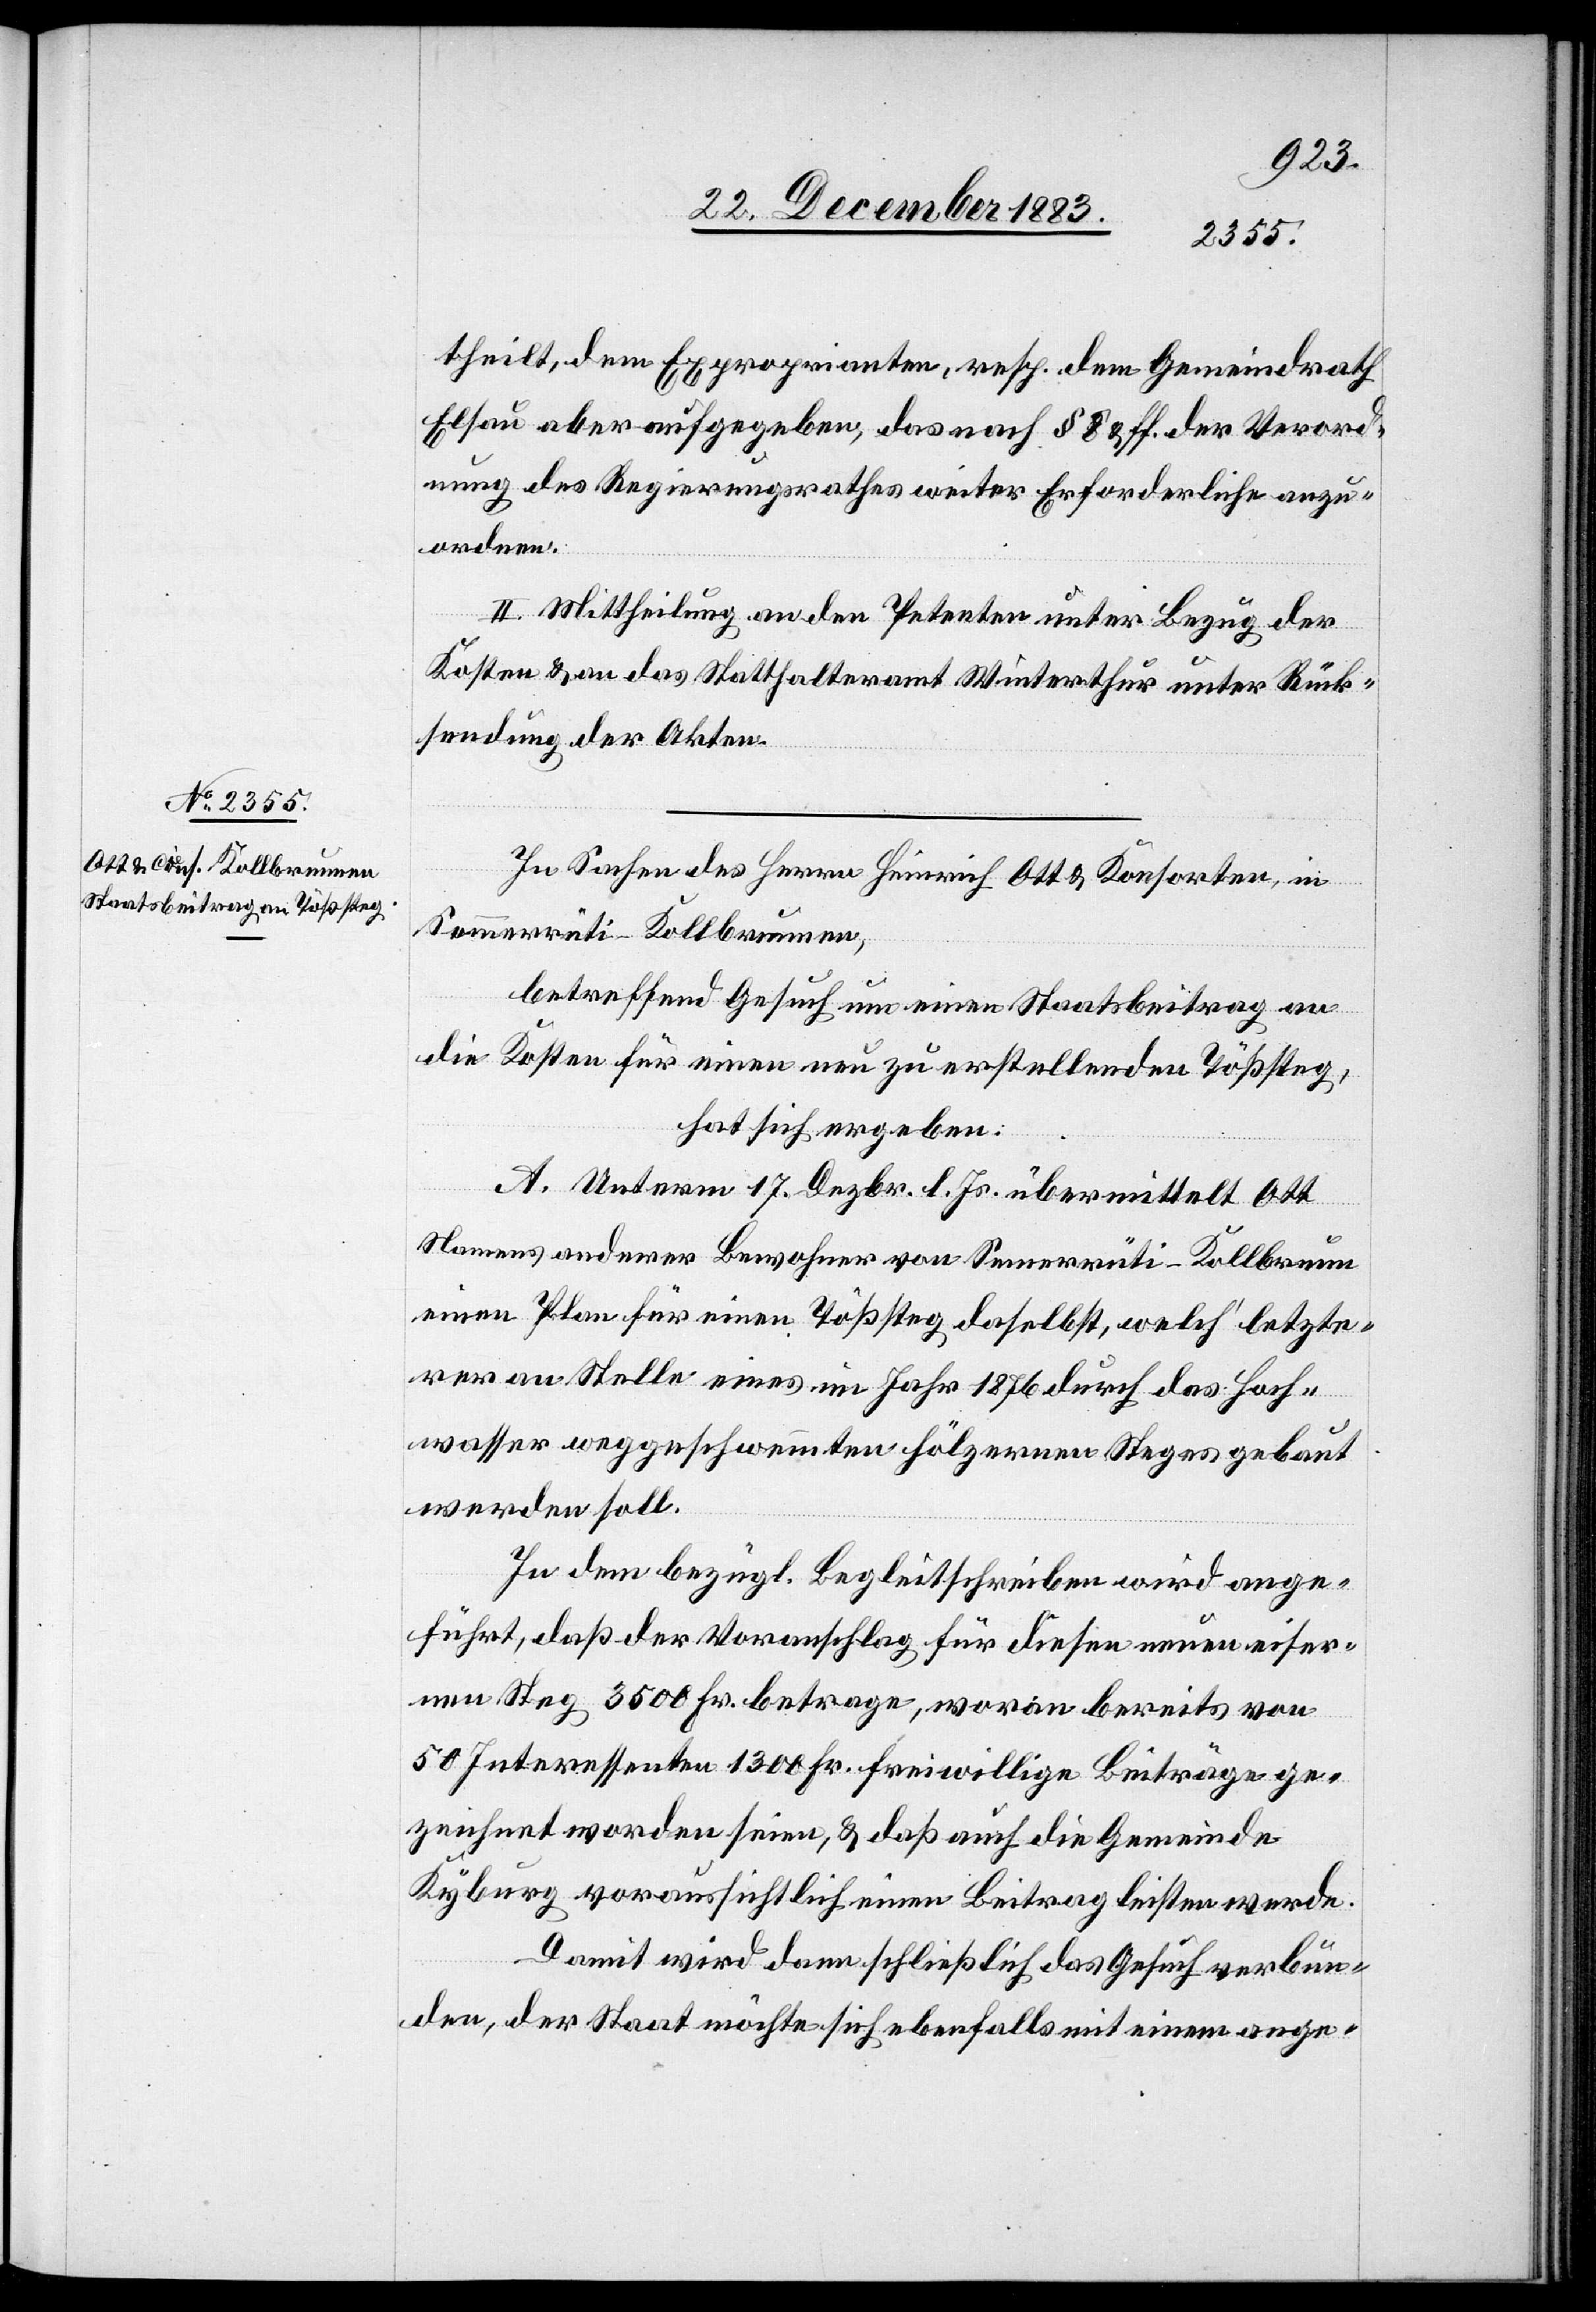
theilt, dem Exproprianten, resp. dem Gemeindrath
Elsau aber aufgegeben, das nach § 8 & ff. der Verord¬
nung des Regierungsrathes weiter Erforderliche anzu¬
ordnen.
II. Mittheilung an den Petenten unter Bezug der
Kosten & an das Statthalteramt Winterthur unter Rück¬
sendung der Akten.
In Sachen des Herrn Heinrich Ott & Konsorten, in
Sommerrüti - Kollbrunnen,
betreffend Gesuch um einen Staatsbeitrag an
die Kosten für einen neu zu erstellenden Tößsteg,
hat sich ergeben:
A. Unterm 17. Dezbr. l. Js übermittelt Ott
Namens anderer Bewohner von Semerrüti [sic!] - Kollbrunn
einen Plan für eine Tößsteg daselbst, welch‘ letzte¬
rer an Stelle eines im Jahr 1876 durch das Hoch¬
wasser weggeschwemmten hölzernen Steges gebaut
werden soll.
In dem bezügl. Begleitschreiben wird ange¬
führt, daß der Voranschlag für diesen neuen eiser¬
nen Steg 3500 Fr. betrage, woran bereits von
50 Interessenten 1300 Fr. freiwillige Beiträge ge¬
zeichnet worden seien, & daß auch die Gemeinde
Kyburg voraussichtlich einen Beitrag leisten werde.
Damit wird dann schließlich das Gesuch verbun¬
den, der Staat möchte sich ebenfalls mit einem ange-